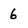
Character: 6